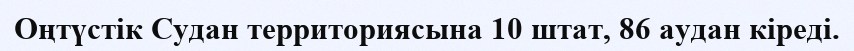
Оңтүстік Судан территориясына 10 штат, 86 аудан кіреді.